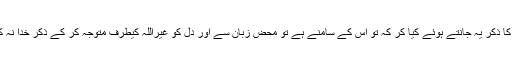
تو اللہ کا ذکر یہ جانتے ہوئے کیا کر کہ تو اُس کے سامنے ہے تُو محض زبان سے اور دل کو غیراللہ کیطرف متوجہ کر کے ذکرِ خدا نہ کیا کر۔